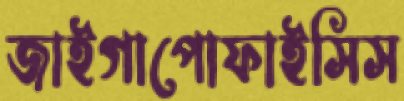
জাইগাপোফাইসিস